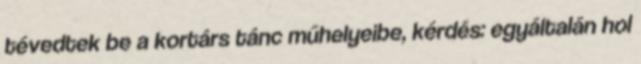
tévedtek be a kortárs tánc műhelyeibe, kérdés: egyáltalán hol